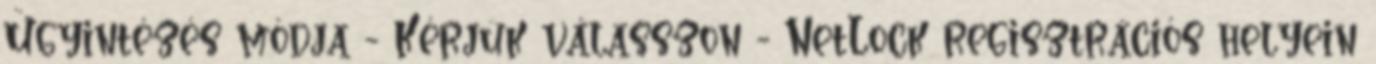
Ügyintézés módja - Kérjük válasszon - NetLock regisztrációs helyein